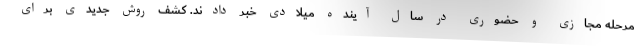
مرحله مجازی و حضوری در سال آینده میلادی خبر دادند. کشف روش جدیدی برای